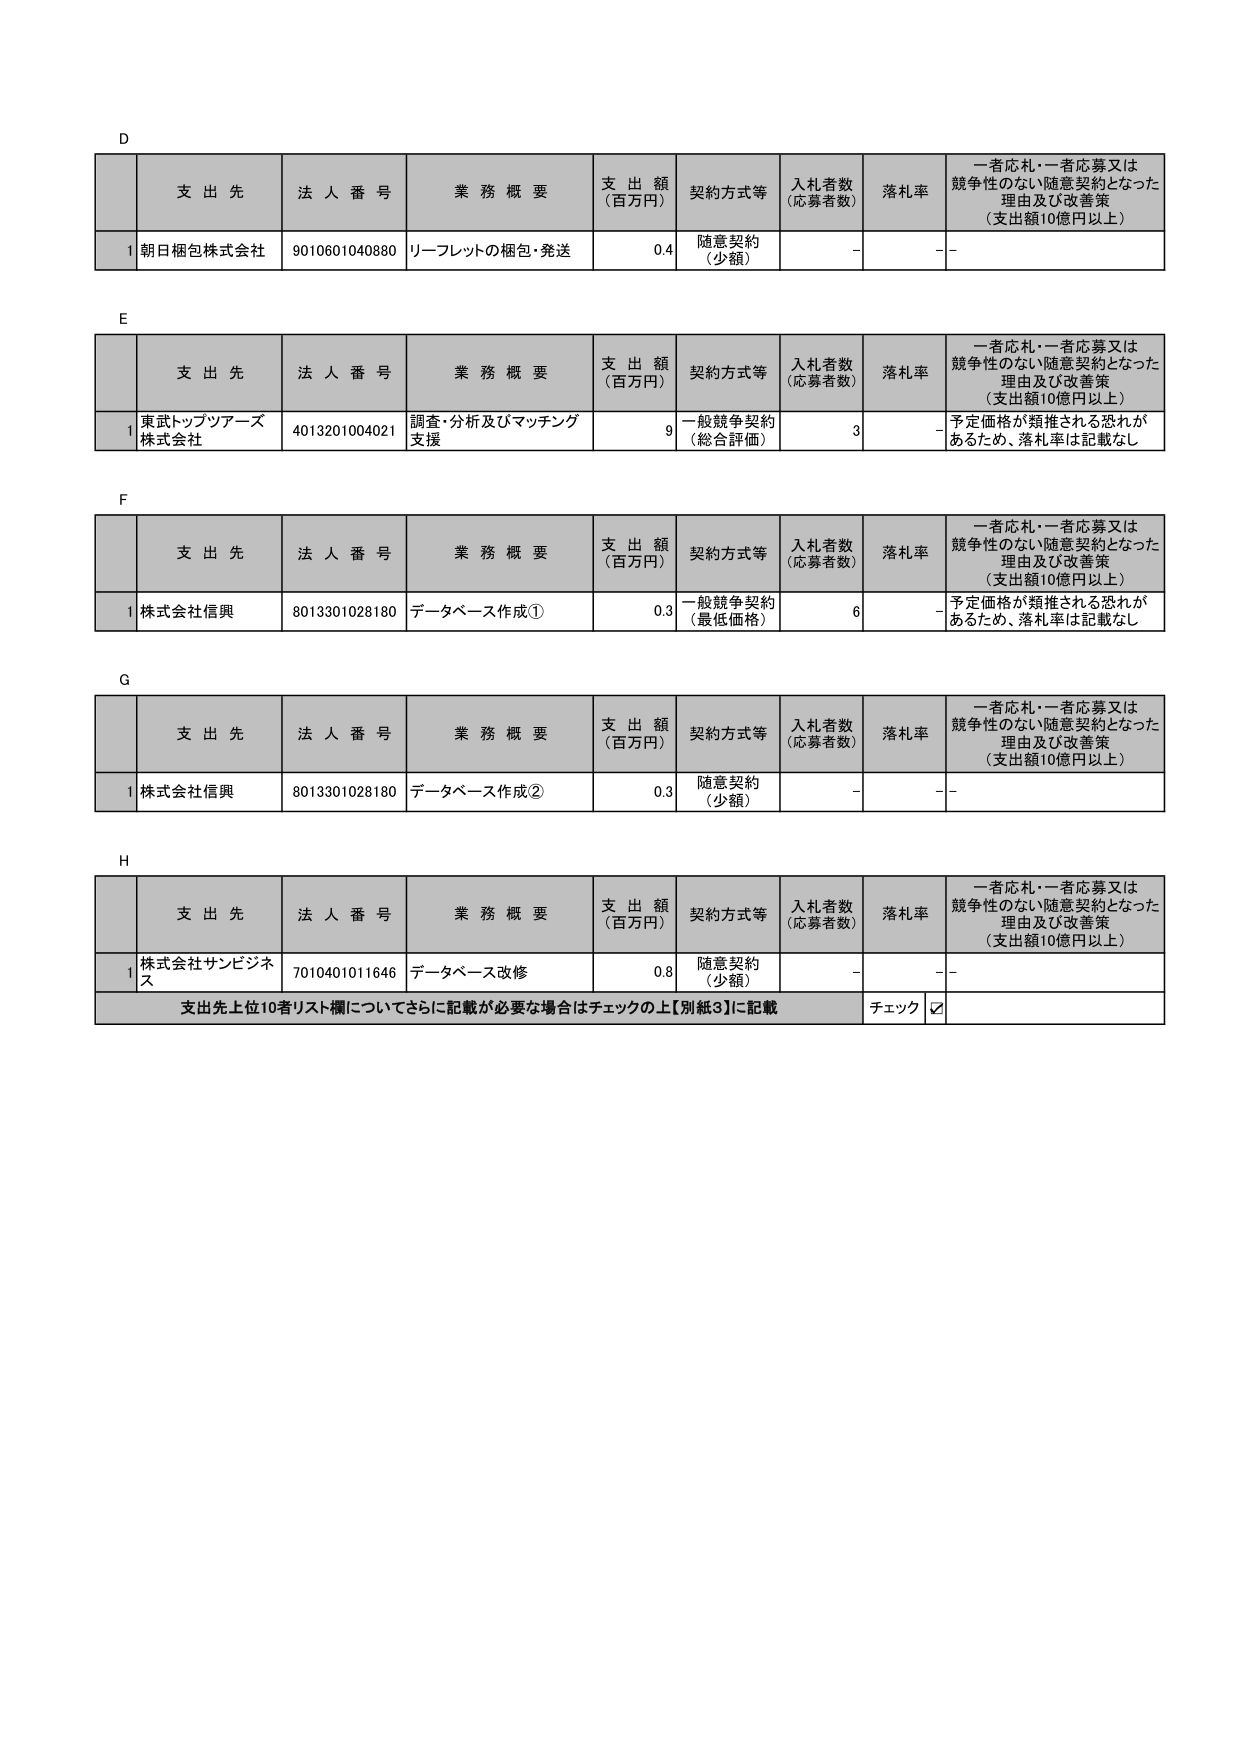
D
支 出 先 法 人 番 号 業 務 概 要 支 出 額 （百万円） 契約方式等 入札者数 （応募者数） 落札率 一者応札・一者応募又は 競争性のない随意契約となった 理由及び改善策 （支出額10億円以上）
1 朝日梱包株式会社 9010601040880 リーフレットの梱包・発送 0.4 随意契約 （少額） - - -

E
支 出 先 法 人 番 号 業 務 概 要 支 出 額 （百万円） 契約方式等 入札者数 （応募者数） 落札率 一者応札・一者応募又は 競争性のない随意契約となった 理由及び改善策 （支出額10億円以上）
1 東武トップツアーズ 株式会社 4013201004021 調査・分析及びマッチング 支援 9 一般競争契約 （総合評価） 3 - 予定価格が類推される恐れが あるため、落札率は記載なし

F
支 出 先 法 人 番 号 業 務 概 要 支 出 額 （百万円） 契約方式等 入札者数 （応募者数） 落札率 一者応札・一者応募又は 競争性のない随意契約となった 理由及び改善策 （支出額10億円以上）
1 株式会社信興 8013301028180 データベース作成① 0.3 一般競争契約 （最低価格） 6 - 予定価格が類推される恐れが あるため、落札率は記載なし

G
支 出 先 法 人 番 号 業 務 概 要 支 出 額 （百万円） 契約方式等 入札者数 （応募者数） 落札率 一者応札・一者応募又は 競争性のない随意契約となった 理由及び改善策 （支出額10億円以上）
1 株式会社信興 8013301028180 データベース作成② 0.3 随意契約 （少額） - - -

H
支 出 先 法 人 番 号 業 務 概 要 支 出 額 （百万円） 契約方式等 入札者数 （応募者数） 落札率 一者応札・一者応募又は 競争性のない随意契約となった 理由及び改善策 （支出額10億円以上）
1 株式会社サンビジネス 7010401011646 データベース改修 0.8 随意契約 （少額） - - -
支出先上位10者リスト欄についてさらに記載が必要な場合はチェックの上【別紙3】に記載 チェック ☑